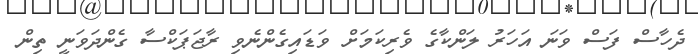
ދެހާސް ފަސް ވަނަ އަހަރު ލަންކާގެ ވެރިކަމަށް ވަޑައިގެންނެވި ރާޖަޕަކްސާ ގެންދަވަނީ ތިން